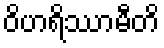
ဝိဟရိဿာမီတိ